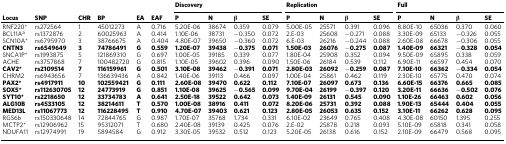
<table><thead><tr><td></td><td></td><td></td><td></td><td></td><td></td><td colspan="4"><b>Discovery</b></td><td colspan="4"><b>Replication</b></td><td colspan="4"><b>Full</b></td></tr><tr><td><b>Locus</b></td><td><b>SNP</b></td><td><b>CHR</b></td><td><b>BP</b></td><td><b>EA</b></td><td><b>EAF</b></td><td><b>P</b></td><td><b>N</b></td><td><b>β</b></td><td><b>SE</b></td><td><b>P</b></td><td><b>N</b></td><td><b>β</b></td><td><b>SE</b></td><td><b>P</b></td><td><b>N</b></td><td><b>β</b></td><td><b>SE</b></td></tr></thead><tbody><tr><td>RNF220*</td><td>rs272564</td><td>1</td><td>45012273</td><td>A</td><td>0.716</td><td>5.20E-06</td><td>38674</td><td>0.359</td><td>0.079</td><td>5.00E-05</td><td>25571</td><td>0.391</td><td>0.096</td><td>8.80E-10</td><td>65036</td><td>0.370</td><td>0.060</td></tr><tr><td>BCL11A<sup>a</sup></td><td>rs1372876</td><td>2</td><td>60025963</td><td>A</td><td>0.414</td><td>1.10E-06</td><td>38731</td><td>−0.350</td><td>0.072</td><td>2.E-03</td><td>25608</td><td>−0.271</td><td>0.088</td><td>3.30E-09</td><td>65133</td><td>−0.326</td><td>0.055</td></tr><tr><td>SCN10A*</td><td>rs6795970</td><td>3</td><td>38766675</td><td>A</td><td>0.404</td><td>4.80E-07</td><td>39650</td><td>−0.360</td><td>0.072</td><td>6.E-03</td><td>26216</td><td>−0.244</td><td>0.088</td><td>2.60E-08</td><td>66678</td><td>−0.306</td><td>0.055</td></tr><tr><td><b>CNTN3</b></td><td><b>rs6549649</b></td><td><b>3</b></td><td><b>74786491</b></td><td><b>G</b></td><td><b>0.559</b></td><td><b>1.20E-07</b></td><td><b>39438</b></td><td>−<b>0.375</b></td><td><b>0.071</b></td><td><b>1.50E-03</b></td><td><b>26076</b></td><td>−<b>0.275</b></td><td><b>0.087</b></td><td><b>1.40E-09</b></td><td><b>66321</b></td><td>−<b>0.328</b></td><td><b>0.054</b></td></tr><tr><td>SNCA1P*</td><td>rs1993875</td><td>5</td><td>121869310</td><td>G</td><td>0.697</td><td>1.00E-05</td><td>39185</td><td>0.339</td><td>0.077</td><td>1.80E-04</td><td>25908</td><td>0.352</td><td>0.094</td><td>9.50E-09</td><td>65895</td><td>0.338</td><td>0.059</td></tr><tr><td>ACHE</td><td>rs3757868</td><td>7</td><td>100482720</td><td>G</td><td>0.815</td><td>1.10E-05</td><td>39602</td><td>0.396</td><td>0.090</td><td>1.50E-06</td><td>26184</td><td>0.539</td><td>0.112</td><td>6.90E-11</td><td>66597</td><td>0.454</td><td>0.070</td></tr><tr><td><b>CAV2*</b></td><td><b>rs2109514</b></td><td><b>7</b></td><td><b>116159961</b></td><td><b>G</b></td><td><b>0.501</b></td><td><b>3.10E-08</b></td><td><b>39462</b></td><td>−<b>0.391</b></td><td><b>0.071</b></td><td><b>2.80E-03</b></td><td><b>26092</b></td><td>−<b>0.259</b></td><td><b>0.087</b></td><td><b>7.10E-10</b></td><td><b>66362</b></td><td>−<b>0.334</b></td><td><b>0.054</b></td></tr><tr><td>CHRM2</td><td>rs6943656</td><td>7</td><td>136639436</td><td>A</td><td>0.842</td><td>1.40E-06</td><td>39113</td><td>0.466</td><td>0.097</td><td>1.00E-04</td><td>25861</td><td>0.462</td><td>0.119</td><td>2.30E-10</td><td>65775</td><td>0.470</td><td>0.074</td></tr><tr><td><b>PAX2*</b></td><td><b>rs4917911</b></td><td><b>10</b></td><td><b>102559421</b></td><td><b>G</b></td><td><b>0.111</b></td><td><b>2.60E-08</b></td><td><b>39470</b></td><td><b>0.622</b></td><td><b>0.112</b></td><td><b>7.10E-07</b></td><td><b>26097</b></td><td><b>0.673</b></td><td><b>0.136</b></td><td><b>6.60E-15</b></td><td><b>66376</b></td><td><b>0.665</b></td><td><b>0.085</b></td></tr><tr><td><b>SOX5*</b></td><td><b>rs112630705</b></td><td><b>12</b></td><td><b>24773919</b></td><td><b>G</b></td><td><b>0.851</b></td><td><b>1.10E-08</b></td><td><b>39625</b></td><td>−<b>0.565</b></td><td><b>0.099</b></td><td><b>9.70E-04</b></td><td><b>26199</b></td><td>−<b>0.397</b></td><td><b>0.120</b></td><td><b>3.20E-11</b></td><td><b>66636</b></td><td>−<b>0.502</b></td><td><b>0.076</b></td></tr><tr><td><b>SYT10*</b></td><td><b>rs2218650</b></td><td><b>12</b></td><td><b>33734783</b></td><td><b>A</b></td><td><b>0.641</b></td><td><b>2.50E-18</b></td><td><b>39522</b></td><td><b>0.642</b></td><td><b>0.073</b></td><td><b>1.40E-09</b></td><td><b>26131</b></td><td><b>0.545</b></td><td><b>0.090</b></td><td><b>1.10E-26</b></td><td><b>66463</b></td><td><b>0.602</b></td><td><b>0.056</b></td></tr><tr><td><b>ALG10B</b></td><td><b>rs4533105</b></td><td><b>12</b></td><td><b>38214611</b></td><td><b>T</b></td><td><b>0.570</b></td><td><b>1.00E-08</b></td><td><b>38916</b></td><td><b>0.411</b></td><td><b>0.072</b></td><td><b>8.20E-06</b></td><td><b>25731</b></td><td><b>0.392</b></td><td><b>0.088</b></td><td><b>1.90E-13</b></td><td><b>65444</b></td><td><b>0.404</b></td><td><b>0.055</b></td></tr><tr><td><b>MED13L</b></td><td><b>rs11067773</b></td><td><b>12</b></td><td><b>116228495</b></td><td><b>T</b></td><td><b>0.910</b></td><td><b>4.70E-07</b></td><td><b>39403</b></td><td><b>0.621</b></td><td><b>0.123</b></td><td><b>2.80E-05</b></td><td><b>26053</b></td><td><b>0.635</b></td><td><b>0.152</b></td><td><b>3.10E-11</b></td><td><b>66262</b></td><td><b>0.628</b></td><td><b>0.095</b></td></tr><tr><td>RGS6b</td><td>rs150330648</td><td>14</td><td>72844765</td><td>G</td><td>0.987</td><td>1.70E-07</td><td>35768</td><td>1.734</td><td>0.331</td><td>6.10E-02</td><td>23649</td><td>0.765</td><td>0.408</td><td>4.30E-08</td><td>60150</td><td>1.395</td><td>0.255</td></tr><tr><td>MCTP2*</td><td>rs12906962</td><td>15</td><td>95312071</td><td>T</td><td>0.680</td><td>2.40E-08</td><td>39139</td><td>0.425</td><td>0.076</td><td>2.E-02</td><td>25878</td><td>0.218</td><td>0.093</td><td>5.10E-09</td><td>65818</td><td>0.341</td><td>0.058</td></tr><tr><td>NDUFA11</td><td>rs12974991</td><td>19</td><td>5894584</td><td>G</td><td>0.912</td><td>3.30E-05</td><td>39532</td><td>0.512</td><td>0.123</td><td>5.20E-05</td><td>26138</td><td>0.616</td><td>0.152</td><td>2.10E-09</td><td>66479</td><td>0.568</td><td>0.095</td></tr></tbody></table>